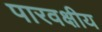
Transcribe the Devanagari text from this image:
पारवक्षीय